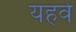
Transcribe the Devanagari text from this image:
यहवे